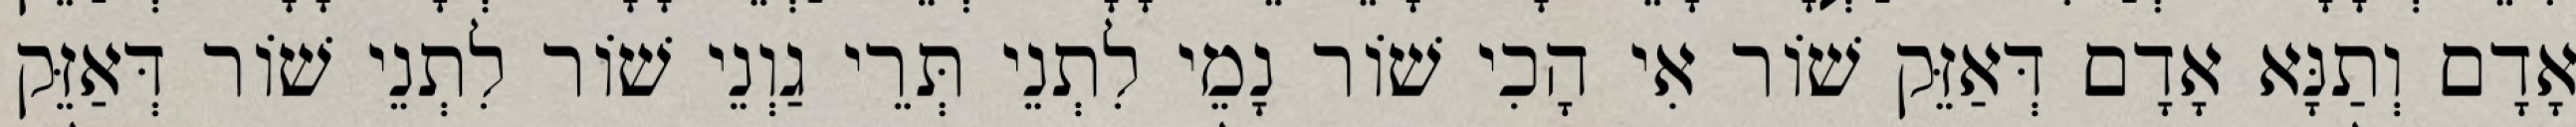
אָדָם וְתַנָּא אָדָם דְּאַזֵּק שׁוֹר אִי הָכִי שׁוֹר נָמֵי לִתְנֵי תְּרֵי גַוְנֵי שׁוֹר לִתְנֵי שׁוֹר דְּאַזֵּק